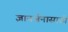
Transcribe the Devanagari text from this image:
ज्ञानर्जनासाठी